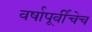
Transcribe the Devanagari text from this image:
वर्षापूर्वीचेच